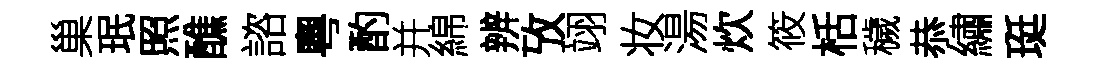
巢珉照醮諮粵酌并綿辨攷翊妆湯炊筱栝穢恭繡珽